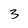
Character: 3